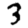
Digit: 3